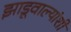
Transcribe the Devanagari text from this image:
झाडूवाल्यांशी